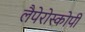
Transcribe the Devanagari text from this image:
लैपेरोस्कोपी